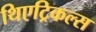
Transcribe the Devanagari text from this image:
थिएट्रिकल्स